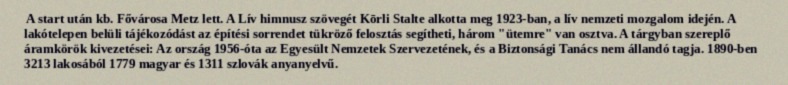
A start után kb. Fővárosa Metz lett. A Lív himnusz szövegét Kōrli Stalte alkotta meg 1923-ban, a lív nemzeti mozgalom idején. A lakótelepen belüli tájékozódást az építési sorrendet tükröző felosztás segítheti, három "ütemre" van osztva. A tárgyban szereplő áramkörök kivezetései: Az ország 1956-óta az Egyesült Nemzetek Szervezetének, és a Biztonsági Tanács nem állandó tagja. 1890-ben 3213 lakosából 1779 magyar és 1311 szlovák anyanyelvű.